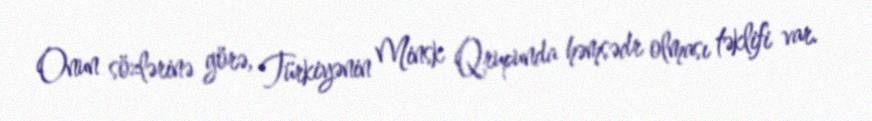
Onun sözlərinə görə, Türkiyənin Minsk Qrupunda həmsədr olması təklifi var.